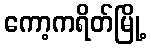
ကော့ကရိတ်မြို့